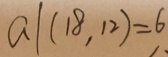
a \vert ( 1 8 , 1 2 ) = 6